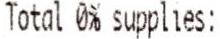
TOTAL 0% SUPPLIES: